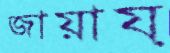
জায়ায়